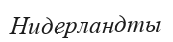
Нидерландты